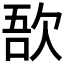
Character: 𣣄